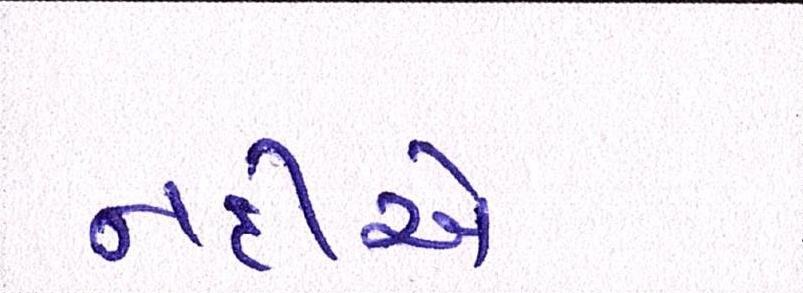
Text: નદીએ